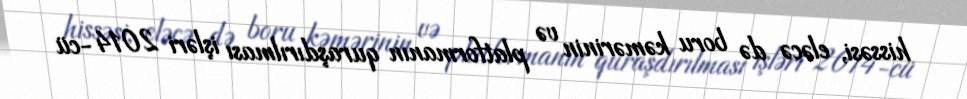
hissəsi, eləcə də boru kəmərinin və platformanın quraşdırılması işləri 2014-cü